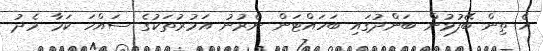
އެ ތިން ބޭފުޅުން ބަންދުގައި ބަހައްޓަން ނެރުނު އަމުރުތަކުގެ ސައްހަ ކަމާ މެދު